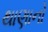
થાણાનો